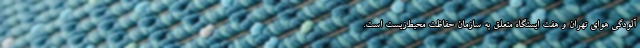
آلودگی هوای تهران و هفت ایستگاه متعلق به سازمان حفاظت محیط‌زیست است.